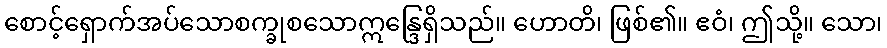
စောင့်ရှောက်အပ်သောစက္ခုစသောဣန္ဒြေရှိသည်။ ဟောတိ၊ ဖြစ်၏။ ဧဝံ၊ ဤသို့။ သော၊